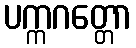
ပက္ကဂတ္တော